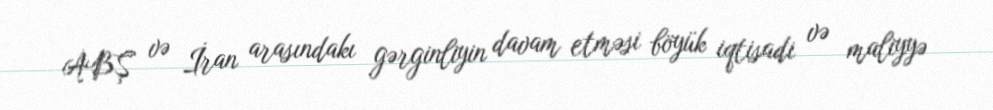
ABŞ və İran arasındakı gərginliyin davam etməsi böyük iqtisadi və maliyyə